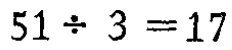
\(51\div 3 = 17\)